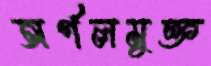
অর্গলমুক্ত